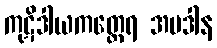
ကုဋိဒါယကတ္ထေရ အပဒါန